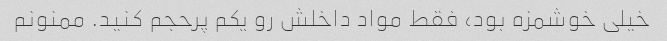
خیلی خوشمزه بود، فقط مواد داخلش رو یکم پرحجم کنید. ممنونم